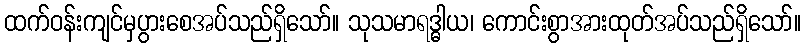
ထက်ဝန်းကျင်မှပွားစေအပ်သည်ရှိသော်။ သုသမာရဒ္ဓါယ၊ ကောင်းစွာအားထုတ်အပ်သည်ရှိသော်။